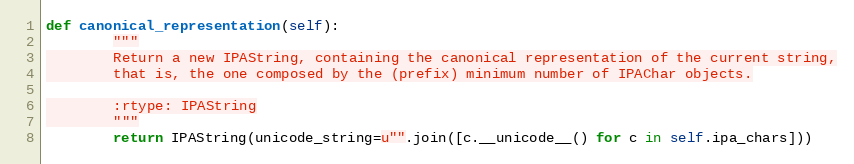
Language: Python
def canonical_representation(self):
        """
        Return a new IPAString, containing the canonical representation of the current string,
        that is, the one composed by the (prefix) minimum number of IPAChar objects.

        :rtype: IPAString
        """
        return IPAString(unicode_string=u"".join([c.__unicode__() for c in self.ipa_chars]))